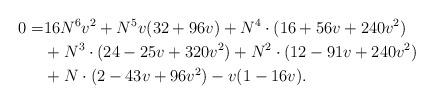
LaTeX: \begin{align*}0=&16 N^6 v^2 + N^5v (32 + 96 v) + N^4\cdot (16 + 56v + 240 v^2)\\&+N^3\cdot (24 - 25v + 320 v^2)+N^2\cdot (12 - 91v + 240v^2) \\&+ N\cdot (2 - 43v + 96 v^2) - v (1 - 16 v).\end{align*}